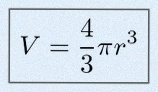
V=\frac43\pi r^3